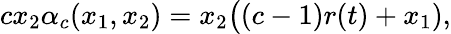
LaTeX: \begin{array}{r}{cx_{2}\alpha_{c}(x_{1},x_{2})=x_{2}\big((c-1)r(t)+x_{1}),}\end{array}